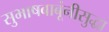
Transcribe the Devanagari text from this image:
सुभाषबाबूंनीसुद्धा